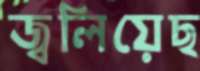
জ্বলিয়েছ